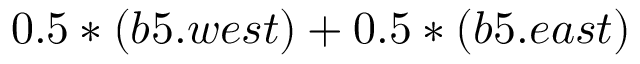
0 . 5 * ( b 5 . w e s t ) + 0 . 5 * ( b 5 . e a s t )